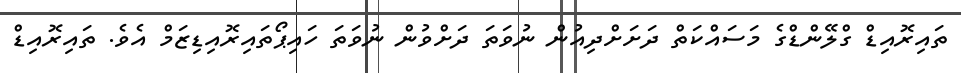
ތައިރޮއިޑް ގްލޭންޑްގެ މަސައްކަތް ދަށަށްދިއުން ނުވަތަ ދަށްވުން ނުވަތަ ހައިޕޯތައިރޮއިޑިޒަމް އެވެ. ތައިރޮއިޑް